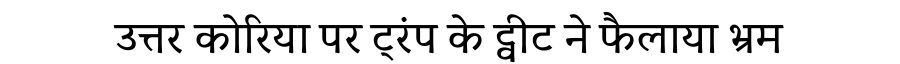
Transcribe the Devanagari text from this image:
उत्तर कोरिया पर ट्रंप के ट्वीट ने फैलाया भ्रम